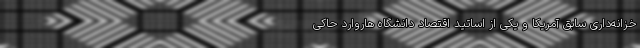
خزانه‌داری سابق آمریکا و یکی از اساتید اقتصاد دانشگاه هاروارد حاکی